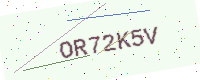
Text: OR72K5V